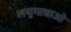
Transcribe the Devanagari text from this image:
लघुमात्राओं